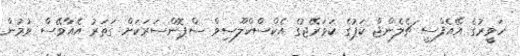
ހަވީރުގެ އޭއެފްސީ ޗެލެންޖް ކަޕުގެ ކަވަރޭޖުގެ އެކްސްކްލޫސިވް ސްޕޮންސަރަކަށް ގަތަރު އެއާވޭސް ވުމުން